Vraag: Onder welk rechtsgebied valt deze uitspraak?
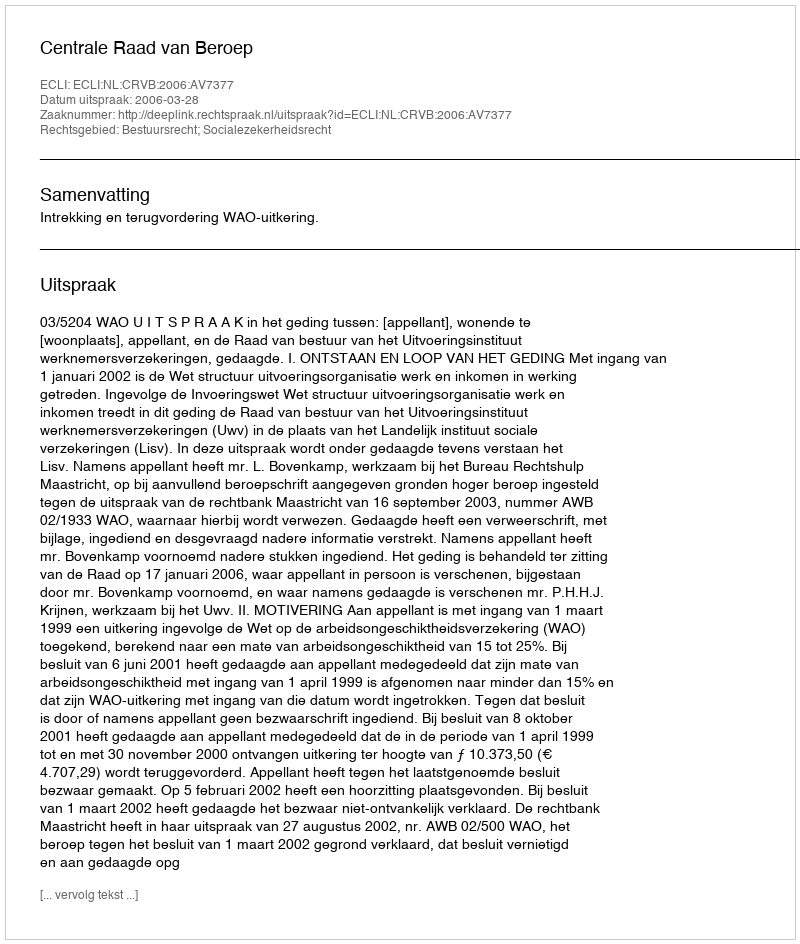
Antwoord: Bestuursrecht; Socialezekerheidsrecht